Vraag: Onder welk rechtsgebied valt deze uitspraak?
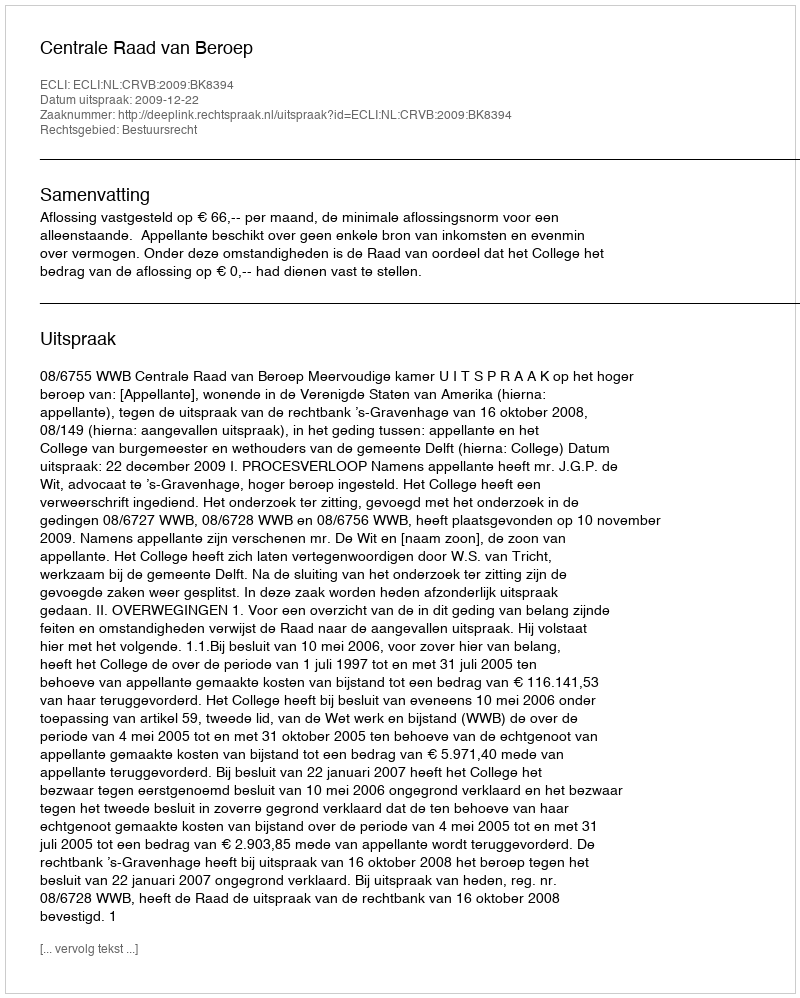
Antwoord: Bestuursrecht